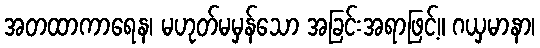
အတထာကာရေန၊ မဟုတ်မမှန်သော အခြင်းအရာဖြင့်။ ဂယှမာနာ၊